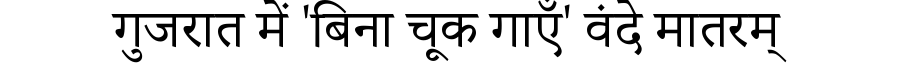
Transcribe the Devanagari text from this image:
गुजरात में 'बिना चूक गाएँ' वंदे मातरम्